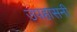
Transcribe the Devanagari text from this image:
उपहासनी